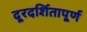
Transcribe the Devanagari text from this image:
दूरदर्शितापूर्ण